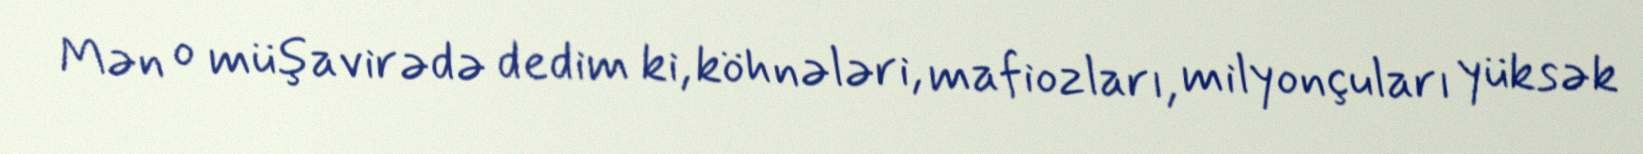
Mən o müşavirədə dedim ki, köhnələri, mafiozları, milyonçuları yüksək